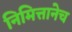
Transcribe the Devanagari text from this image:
निमित्तानेच